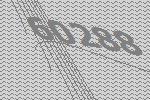
60288